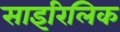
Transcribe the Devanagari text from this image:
साइरिलिक